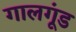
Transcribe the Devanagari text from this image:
गालगूंड